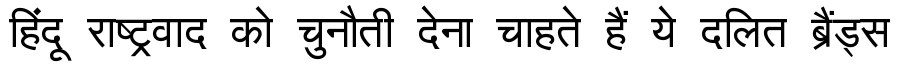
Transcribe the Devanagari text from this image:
हिंदू राष्ट्रवाद को चुनौती देना चाहते हैं ये दलित ब्रैंड्स